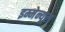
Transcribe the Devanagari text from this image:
इम्मेन्यूल